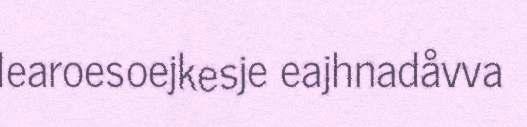
learoesoejkesje eajhnadåvva